King Institute of Preventive Medicine Micro-Biological Section reports 1909-11
Year: 1909
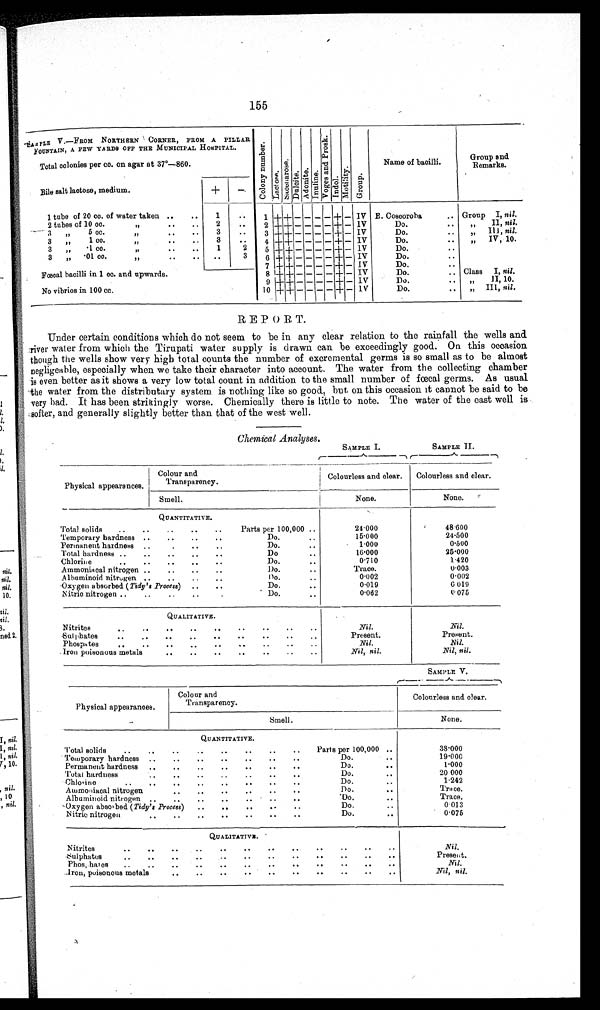
155
SAMPLE V.—FROM NORTHERN CORNER, FROM A
PILLAR
FOUNTAIN, A FEW YARDS OFF THE MUNICIPAL HOSPITAL.
C o l o n y n u m b e r .
L a c t o s e .
S a c c h a r o s e .
D u l c i t e .
A d o n i t e . I n u l i n e .
V o g e s a n d P r o s k .
I n d o l .
M o t i l i t y .
G r o u p .
Name of bacilli.
Group and
Remarks.
Total colonies per co. on agar at 37°—860.
Bile salt lactose, medium.
+
-
Group
I, nil.
1 tube of 20 cc. of water taken ..
..
1
..
1
+
+
- - - - + - IV E. Coscoroba
..
2 tubes of 10 cc
7 /
..••
2
• •
2 + +
- - - - + - IV
Do.
..
„
II, nil.
3
„
5 cc
..
. .
• •
3 + + - - - - + - IV
Do.
..
„
III, nil.
3
• •
4 + + - - - -
+ - IV
Do.
..
,,
IV, 10.
3
„
1 cc
..
..
3
,,
.1 cc.
,,
..
..
1
2
5
+ + - - - -
+
- IV
Do.
..
6 + + - - - - + - IV
Do.
..
3
„
.01 CC.
...
. .
3
Do.
..
7 + + - - - - + - IV
Fœcal bacilli in 1 cc. and upwards.
8 + + - - - - + - IV
Do.
.. Class I, nil.
9
+ + - - - - + - IV
Do.
• •
,1
II, 10.
No vibrios in 100 cc.
Do.
• •
f ,
III, nil.
10 +
+ - - -
- +
- IV
REPORT.
Under certain conditions which do not seem to be in any clear relation to the rainfall the wells and
river water from which the Tirupati water supply is drawn can be exceedingly good. On this occasion
though the wells show very high total counts the number of excremental germs is so small as to be almost
negligeable, especially when we take their character into account. The water from the collecting chamber
is even better as it shows a very low total count in addition to the small number of fœcal germs. As usual
the water from the distributary system is nothing like so good, but on this occasion it cannot be said to be
very bad. It has been strikingly worse. Chemically there is little to note. The water of the east well is
softer, and generally slightly better than that of the west well.
Chemical Analyses.
S A M P L E I .
SAMPLE II.
Physical appearances.
Colour and
Transparency.
Colourless and clear.
Colourless and clear.
Smell.
None.
None.
QUANTITATIVE.
24·000
48·600
Total solids
..
..
..
..
..
Parts per 100,000 ..
Temporary hardness ..
..
..
..
Do.
15·000
24·500
1·000
0·500
Permanent hardness
..
Do.
25·000
Total hardness ..
..
..
..
..
Do
..
16·000
1·420
Chlorine
..
..
..
..
..
Do.
..
0·710
0·003
Ammoniacal nitrogen ..
..
..
..
Do.
..
Trace.
0·002
Albuminoid nitrogen ..
..
..
..
D o .
0·002
Oxygen absorbed (Tidy's Process)
..
..
Do.
..
0·019
0·019
0·062
0 · 0 7 5
Nitric nitrogen ..
..
..
..
Do.
QUALITATIVE.
Nil.
Nil.
Nitrites
••
.•
..
..
..
••
••
••
.•
Sulphates
..
...
..
..
..
..
..
..
..
Present.
Present.
Phospates
..
..
..
..
..
..
..
..
..
Nil.
Nil.
Nil, nil.
Iron poisonous metals
••
••
••
-
..
••
.•
Nil, nil.
SAMPLE V.
Physical appearances.
Colour and
Transparency.
Colourless and clear.
Smell
None.
QUANTITATIVE.
38·000
Total solids
..
..
..
..
..
..
..
..
Parts per 100,000 ..
Temporary hardness
..
..
..
..
..
..
..
Do.
19·000
Permanent hardness
-
..
..
..
• •
• •
• •
Do.
• •
1·000
Total hardness
••
..
..
..
..
..
..
Do.
..
20·000
Chlorine
• .
..
..
• •
..
..
..
..
Do.
1·242
Trace.
Ammoniacal nitrogen
••
.•
••
••
..
..
Do.
..
Albuminoid nitrogen ..
..
..
..
..
..
..
Do.
..
Trace.
Oxygen absorbed ( Tidy's Process)
..
..
..
• -
..
Do.
..
0 · 0 1 3
Nitric nitrogen
..
..
..
..
..
..
..
Do.
..
0·075
QUALITATIVE. .
Nitrites
••
..
••
••
..
..
. ,
• •
••
..
..
Nil.
S ulphates
..
..
..
..
..
..
..
..
..
..
..
Present.
Phosphates
..
..
• •
• •
..
..
..
•
• •
• •
..
Nil.
Iron, poisonous metals
..
..
..
..
..
..
..
..
..
..
Nil, nil.